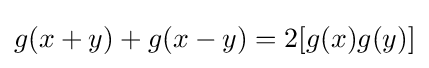
g(x+y)+g(x-y)=2[g(x)g(y)]